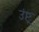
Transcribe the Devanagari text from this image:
उंष्ट्र